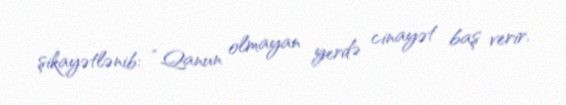
şikayətlənib: “Qanun olmayan yerdə cinayət baş verir.